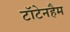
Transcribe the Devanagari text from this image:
टॉटेनहैम